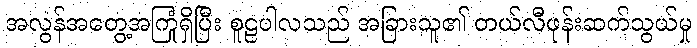
အလွန်အတွေ့အကြုံရှိပြီး စူဠပါလသည် အခြားသူ၏ တယ်လီဖုန်းဆက်သွယ်မှု